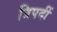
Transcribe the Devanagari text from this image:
त्रिपदीं